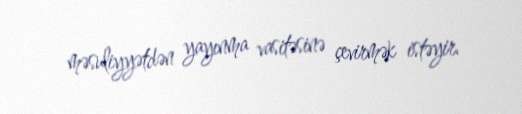
məsuliyyətdən yayınma vasitəsinə çevirmək istəyir.